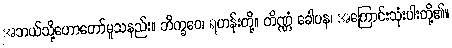
အဘယ်သို့ဟောတော်မူသနည်း။ ဘိက္ခဝေ၊ ရဟန်းတို့။ တိဏ္ဏံ ခေါပန၊ အကြောင်းသုံးပါးတို့၏။